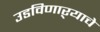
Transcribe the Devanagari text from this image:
उडविणाऱ्याचे